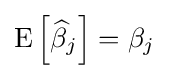
\operatorname {E} \left[{\widehat {\beta }}_{j}\right]=\beta _{j}